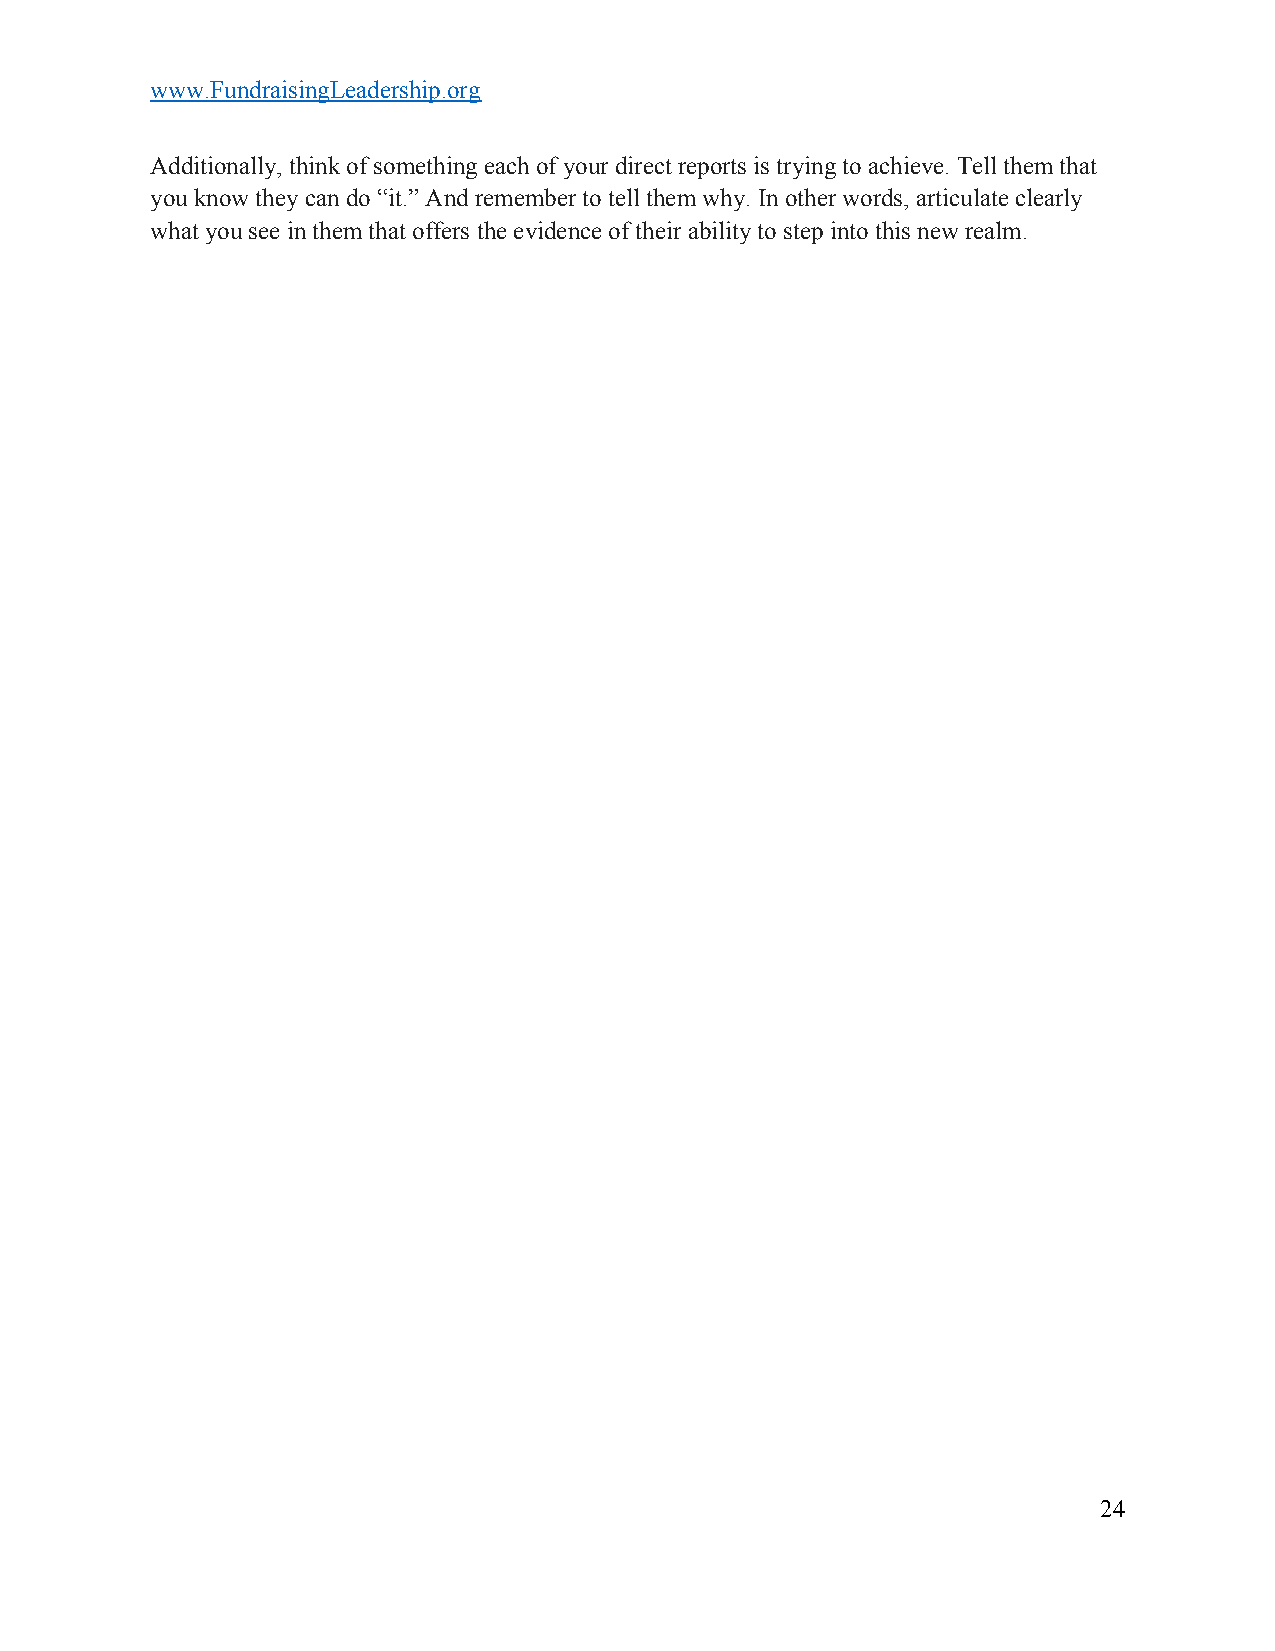
www.FundraisingLeadership.org
 Additionally, think of something each of your direct reports is trying to achieve. Tell them that
 you know they can do “it.” And remember to tell them why. In other words, articulate clearly
 what you see in them that offers the evidence of their ability to step into this new realm.
 24